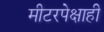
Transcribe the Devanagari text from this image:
मीटरपेक्षाही